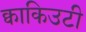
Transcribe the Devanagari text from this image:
क्वाकिउटी